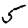
Digit: 5